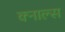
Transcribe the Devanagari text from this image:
क्नाल्स